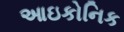
આઇકોનિક